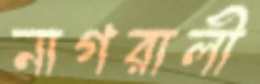
নাগরালী